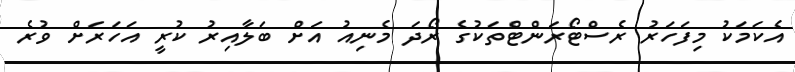
އެކަމަކު މިފަހަރު ރެސްޓޯރަންޓްތަކުގެ ރޯދަ މެނިއު އަށް ބަލާއިރު ކުރީ އަހަރަށް ވުރެ